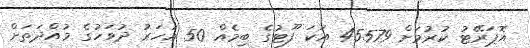
އޮޕަރޭޓު ކުރުމަށް 45579 އަކަ ފޫޓުގެ ބިމެއް 50 އަހަރު ދުވަހުގެ މުއްދަތަށް